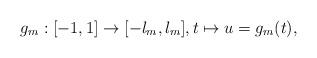
LaTeX: \begin{align*} g_m:[-1,1]\rightarrow [-l_m,l_m], t\mapsto u=g_m(t),\end{align*}